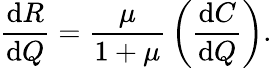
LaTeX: {\frac{{\mathrm{d}}R}{{\mathrm{d}}Q}}={\frac{\mu}{1+\mu}}\left({\frac{{\mathrm{d}}C}{{\mathrm{d}}Q}}\right).